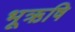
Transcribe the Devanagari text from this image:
भूऋषि